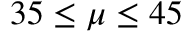
3 5 \leq \mu \leq 4 5